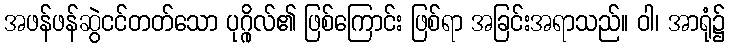
အဖန်ဖန်ဆွဲငင်တတ်သော ပုဂ္ဂိုလ်၏ ဖြစ်ကြောင်း ဖြစ်ရာ အခြင်းအရာသည်။ ဝါ၊ အာရုံ၌